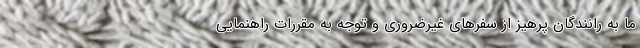
ما به رانندگان پرهیز از سفرهای غیرضروری و توجه به مقررات راهنمایی